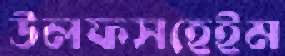
উলফসহেইম